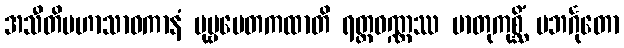
အသီတိမဟာသာဝကာနံ ပုဗ္ဗပေတကထာတိ ရတ္တဝဏ္ဏဿ မာတုကုစ္ဆိံ ပဘင်္ဂုတော